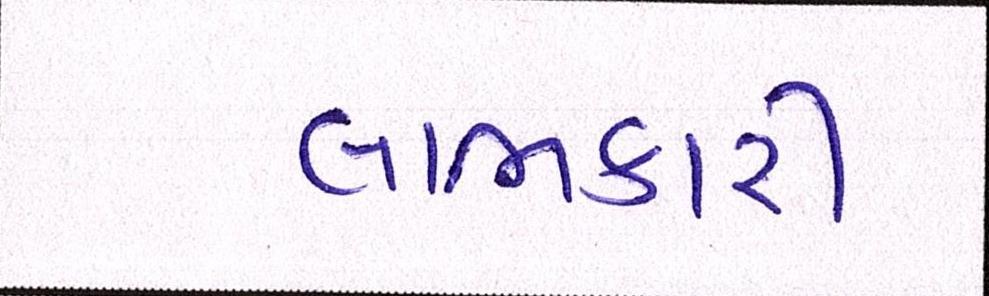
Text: લાભકારી